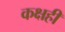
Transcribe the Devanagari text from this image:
कक्षही